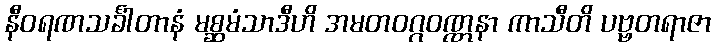
နီဝရဏသင်္ခါတာနံ မစ္ဆမံသာဒီဟိ အမတဝဂ္ဂဝဏ္ဏနာ ကာသီတိ ပဗ္ဗတရာဇာ